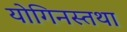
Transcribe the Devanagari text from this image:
योगिनस्तथा